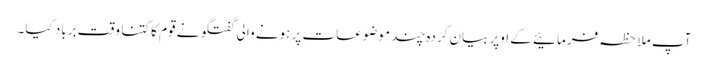
آپ ملاحظہ فرمائیے کے اوپر بیان کردہ چند موضوعات پر ہونے والی گفتگو نے قوم کا کتنا وقت برباد کیا۔